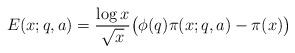
LaTeX: \begin{align*} E(x;q,a) = \frac{\log x}{\sqrt x} \big( \phi(q) \pi(x;q,a) - \pi(x) \big)\end{align*}